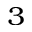
^ { 3 }